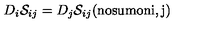
D _ { i } { \cal S } _ { i j } = D _ { j } { \cal S } _ { i j } ( \mathrm { n o s u m o n i , j } )